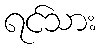
ရင်သား